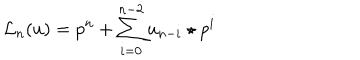
{ { \mathcal L } _ { n } } ( u ) = p ^ { n } + \sum _ { i = 0 } ^ { n - 2 } u _ { n - i } \star p ^ { i }